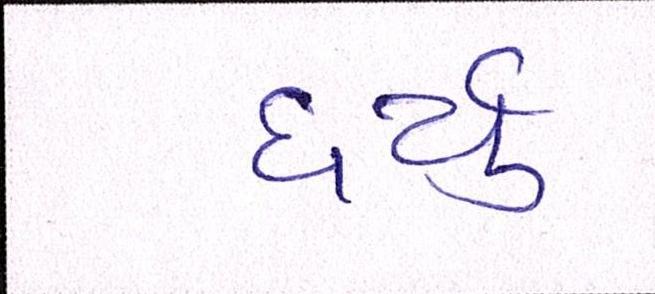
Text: ધર્યું